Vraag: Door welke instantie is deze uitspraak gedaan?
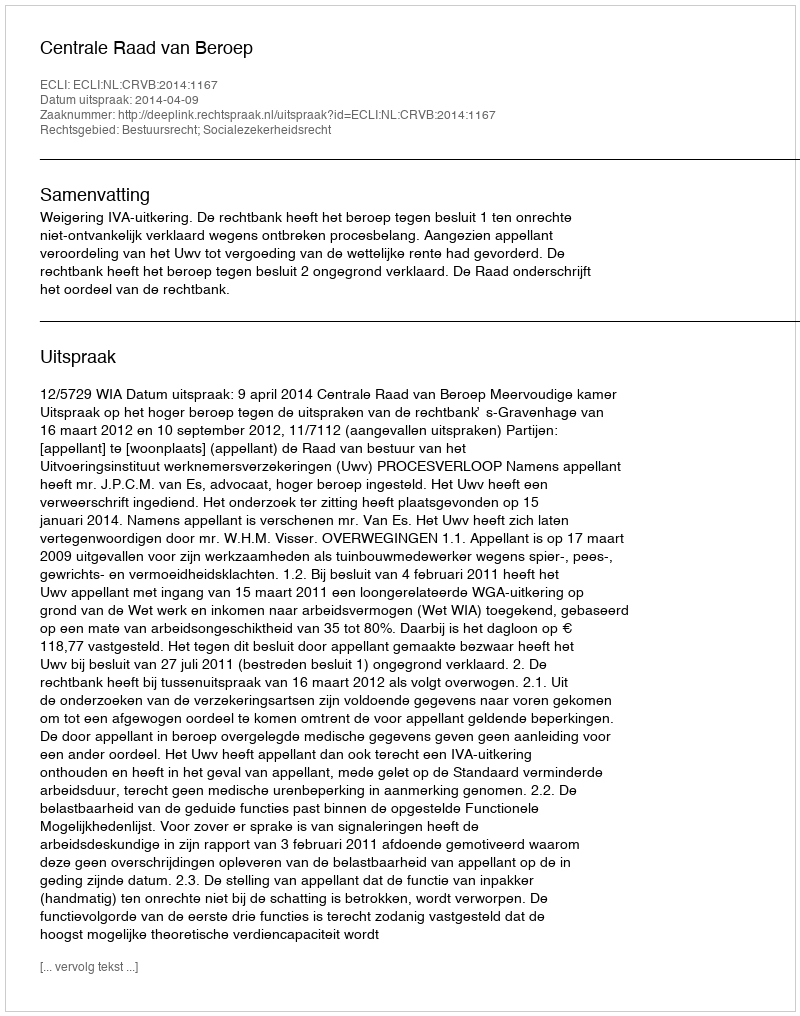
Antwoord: Centrale Raad van Beroep